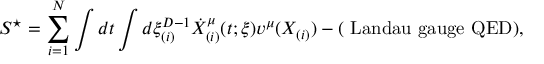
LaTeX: S ^ { \star } = \sum _ { i = 1 } ^ { N } \int d t \int d \xi _ { ( i ) } ^ { D - 1 } \dot { X } _ { ( i ) } ^ { \mu } ( t ; \xi ) v ^ { \mu } ( X _ { ( i ) } ) - ( \mathrm { ~ L a n d a u ~ g a u g e ~ Q E D } ) ,